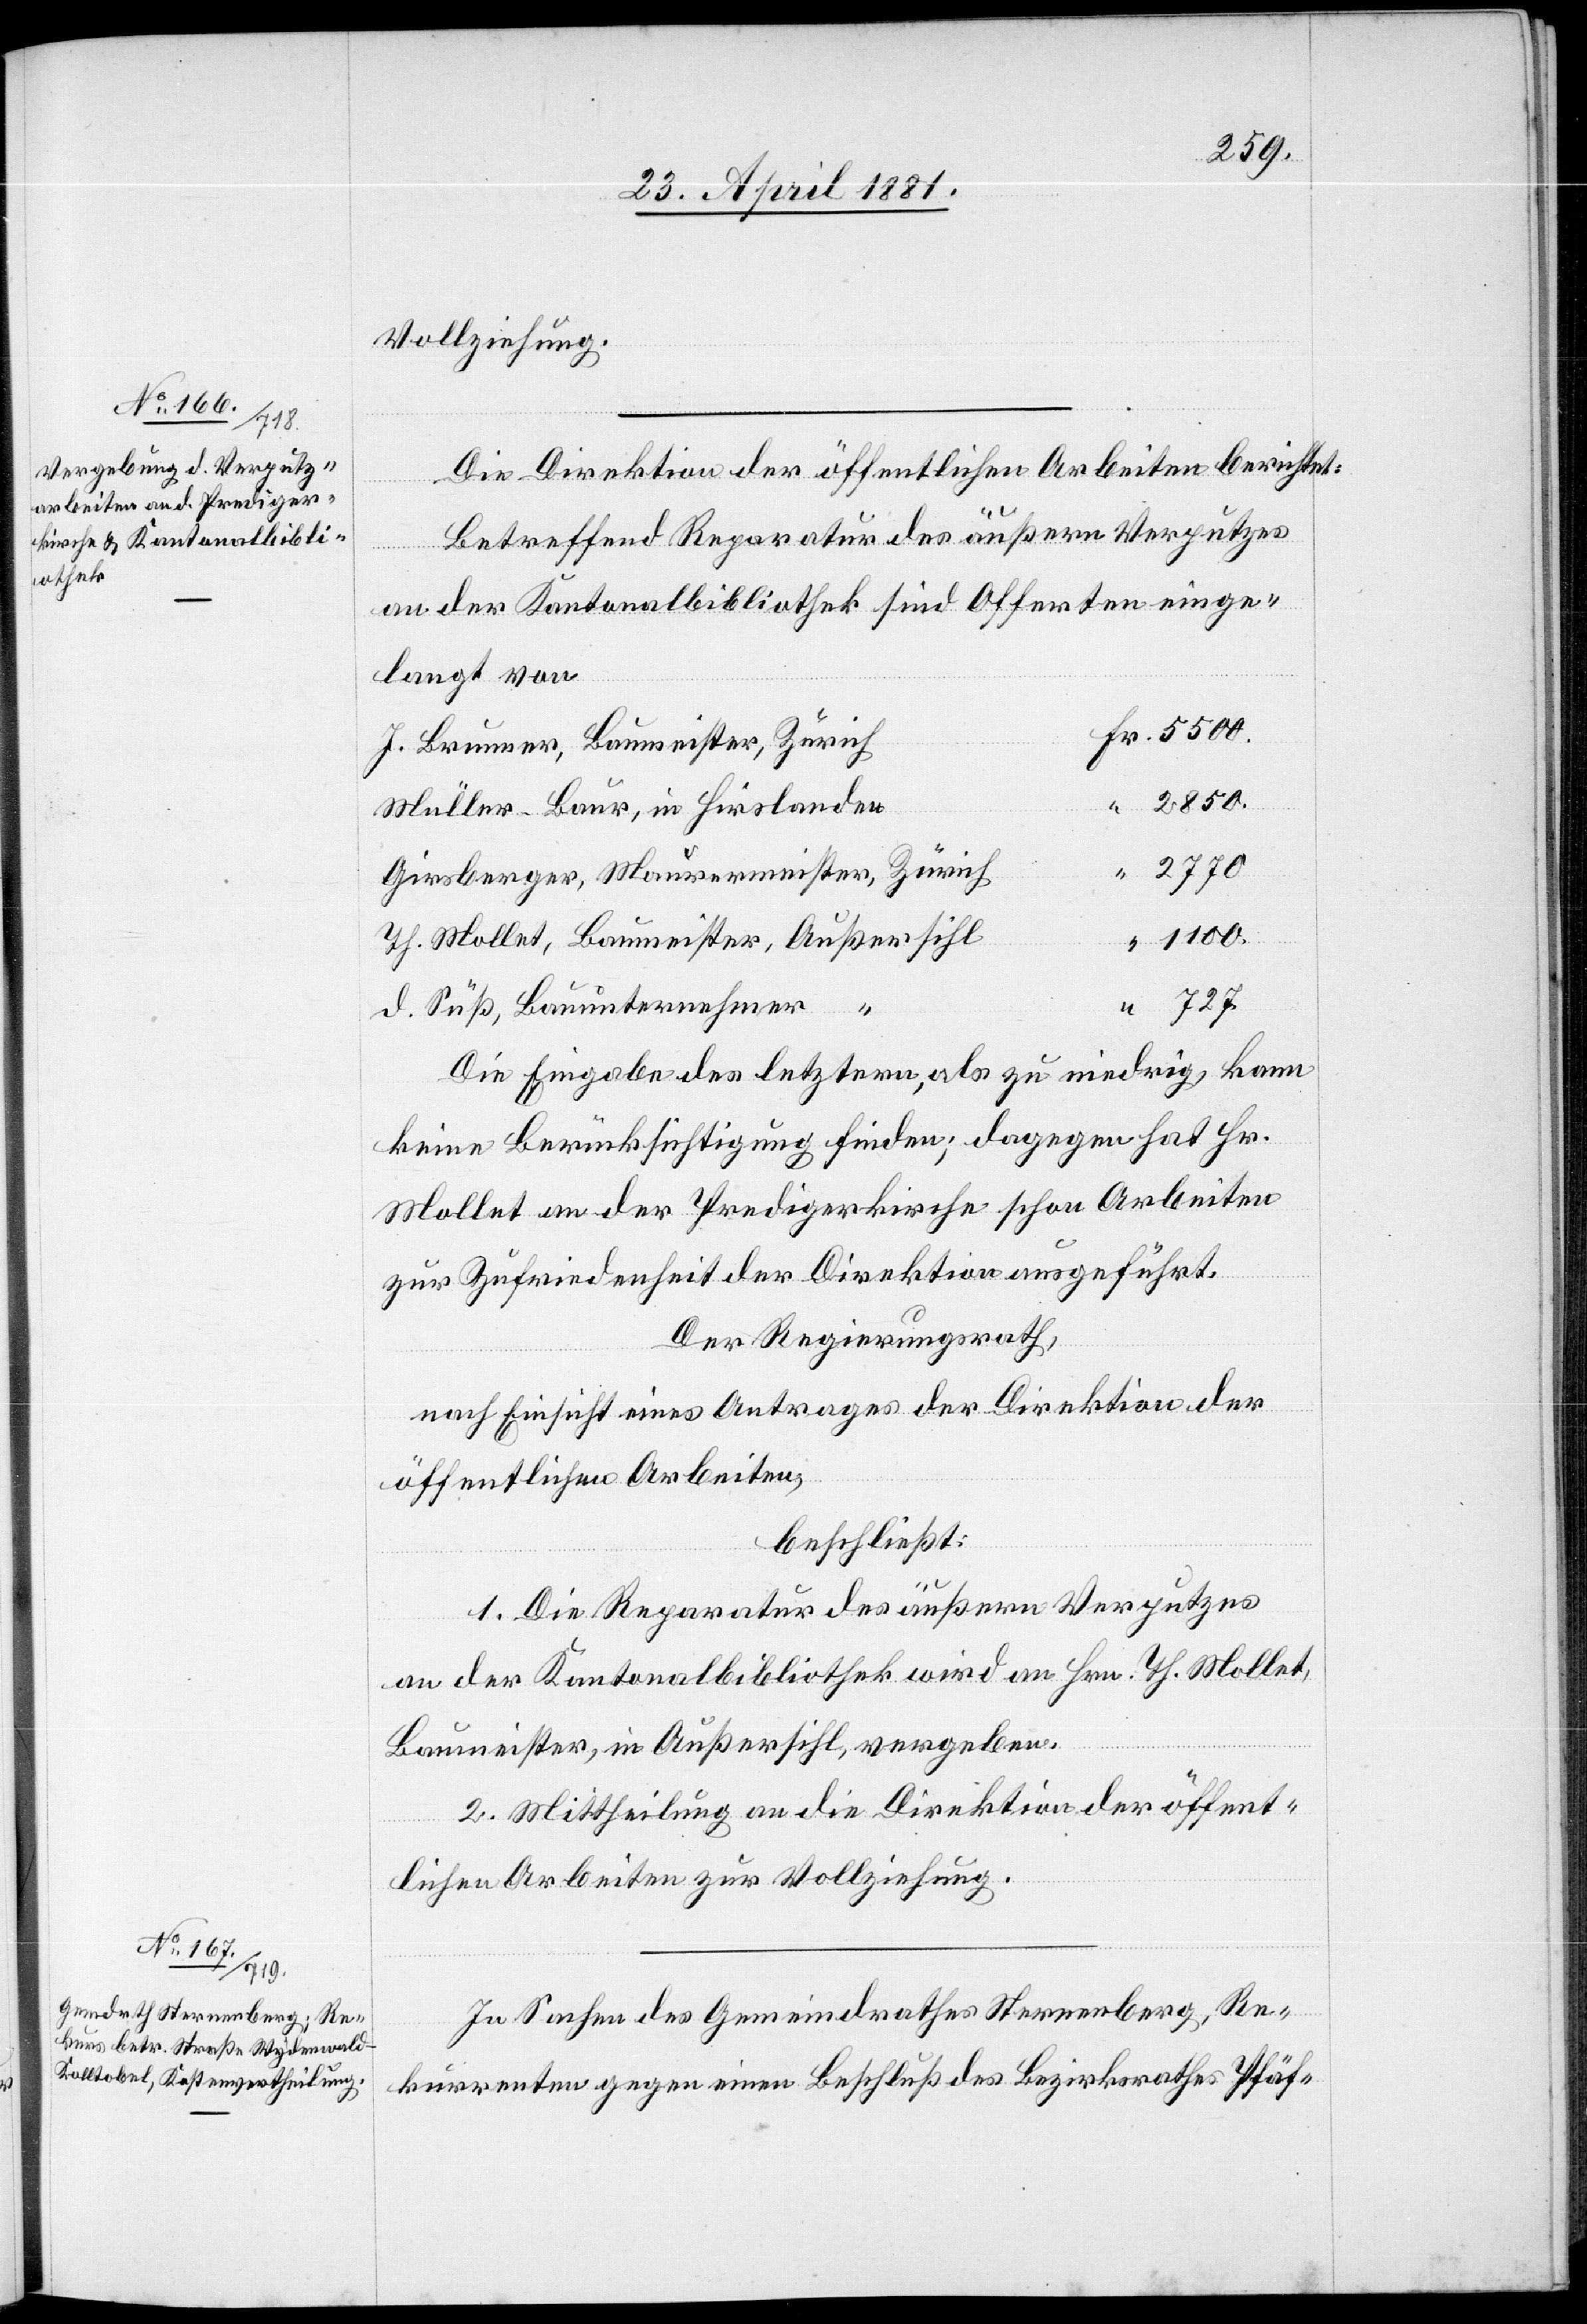
Vollziehung.
Die Direktion öffentlichen Arbeiten berichtet:
D.
betreffend Reparatur des äußern Verputzes
an der Kantonsbibliothek sind Offerten einge¬
legt von
2770.
1100.
727.
Die Eingabe des letzern, als zu niedrig, kann
keine Berücksichtigung finden; dagegen hat Hr.
Mollet an der Predigerkirche schon Arbeiten
zur Zufriedenheit der Direktion ausgeführt.
Der Regierungsrath,
nach Einsicht eines Antrages der Direktion
öffentlichen Arbeiten,
beschließt:
1. Die Reparatur des äußern Verputzes
an der Kantonsbibliothek wird an Hrn. Th. Mollet,
Baumeister, in Außersihl, vergeben.
2. Mittheilung an die Direktion öffent¬
lichen Arbeiten zur Vollziehung.